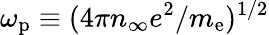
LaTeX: \omega_{\mathrm{p}}\equiv(4\pi n_{\infty}e^{2}/m_{\mathrm{e}})^{1/2}